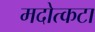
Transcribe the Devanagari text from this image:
मदोत्कटा